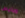
ويليس